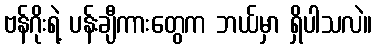
ဗန်ဂိုးရဲ့ ပန်းချီကားတွေက ဘယ်မှာ ရှိပါသလဲ။